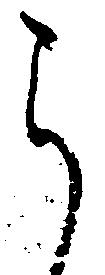
ら